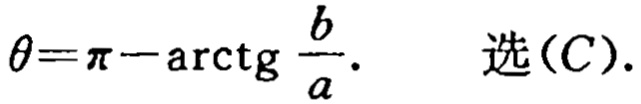
\(\theta=\pi-\mathrm{arctg}\frac{b}{a}.\) 选\((C).\)